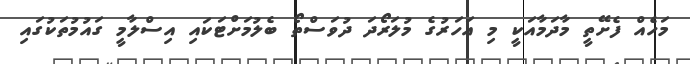
މަހެއް ފެށޭތީ މާދަމާއަކީ މި އަހަރުގެ މުލަރޯދަ ދުވަސްތޯ ބެލުމަށްޓަކައި އިސްލާމީ ގައުމުތަކުގައި